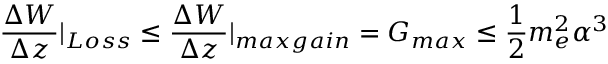
\frac { \Delta W } { \Delta z } | _ { L o s s } \leq \frac { \Delta W } { \Delta z } | _ { m a x g a i n } = G _ { m a x } \leq \frac { 1 } { 2 } m _ { e } ^ { 2 } \alpha ^ { 3 }